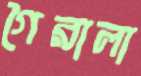
গৈরালা